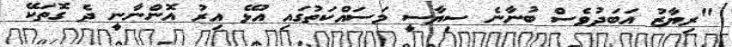
"ރިޔާޒު އަބަދުވެސް ބުނާނެ ސިޔާސީ މަސައްކަތުގައި އުޅޭ އިރު އޮންނާނީ ދެ ގޮތަކޭ